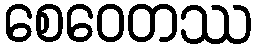
စေဝေတဿ